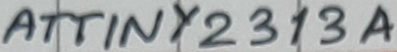
Text: ATTINY2313A